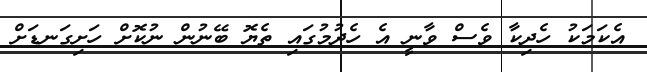
އެކަމަކު ހެދިކާ ވެސް ވާނީ އެ ހެދުމުގައި ތެޔޮ ބޭނުން ނުކޮށް ހަށިގަނޑަށް